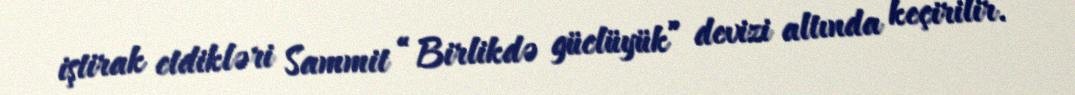
iştirak etdikləri Sammit “Birlikdə güclüyük” devizi altında keçirilir.